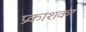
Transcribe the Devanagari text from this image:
प्रकाशकर